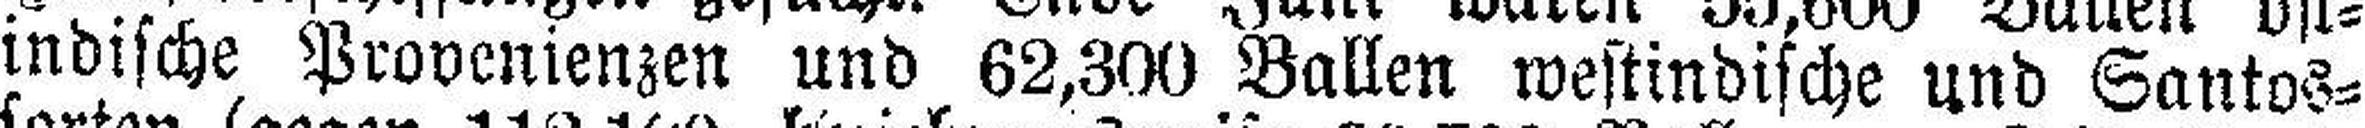
indische Provenienzen und 62,300 Ballen westindische und Santos¬